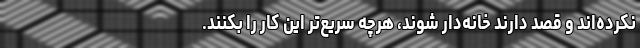
نکرده‌اند و قصد دارند خانه‌دار شوند، هرچه سریع‌تر این کار را بکنند.